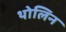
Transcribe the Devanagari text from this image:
थोलिन